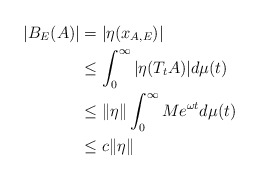
\begin{align*}|B_E(A)| & =| \eta(x_{A,E})|\\ & \leq \int_0^{\infty} | \eta (T_tA)| d \mu (t)\\ & \leq \| \eta \| \int_0^{\infty} Me^{\omega t} d \mu (t)\\ & \leq c \| \eta \|\end{align*}